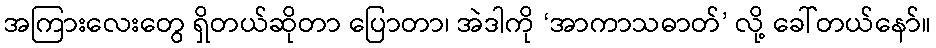
အကြားလေးတွေ ရှိတယ်ဆိုတာ ပြောတာ၊ အဲဒါကို ‘အာကာသဓာတ်’ လို့ ခေါ်တယ်နော်။